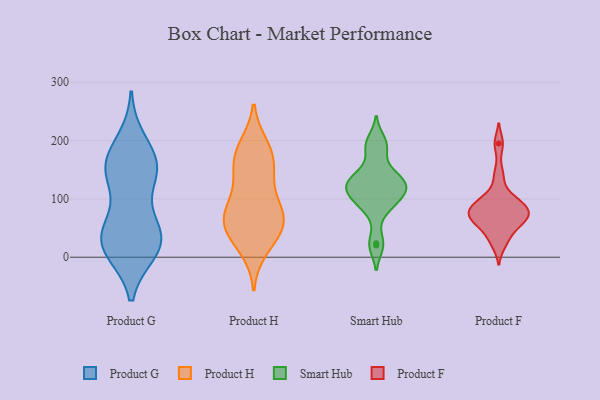
{"axis": {"x": "Energy Usage (MWh)", "y": "Value"}, "legend": ["Product F", "Product G", "Product H", "Smart Hub"], "data": [{"x": "", "y": 19, "type": "Product G"}, {"x": "", "y": 144, "type": "Product G"}, {"x": "", "y": 199, "type": "Product G"}, {"x": "", "y": 32, "type": "Product G"}, {"x": "", "y": 50, "type": "Product G"}, {"x": "", "y": 19, "type": "Product G"}, {"x": "", "y": 11, "type": "Product G"}, {"x": "", "y": 171, "type": "Product G"}, {"x": "", "y": 52, "type": "Product G"}, {"x": "", "y": 156, "type": "Product G"}, {"x": "", "y": 142, "type": "Product G"}, {"x": "", "y": 45, "type": "Product G"}, {"x": "", "y": 140, "type": "Product G"}, {"x": "", "y": 161, "type": "Product G"}, {"x": "", "y": 13, "type": "Product G"}, {"x": "", "y": 44, "type": "Product H"}, {"x": "", "y": 73, "type": "Product H"}, {"x": "", "y": 15, "type": "Product H"}, {"x": "", "y": 172, "type": "Product H"}, {"x": "", "y": 127, "type": "Product H"}, {"x": "", "y": 141, "type": "Product H"}, {"x": "", "y": 89, "type": "Product H"}, {"x": "", "y": 55, "type": "Product H"}, {"x": "", "y": 78, "type": "Product H"}, {"x": "", "y": 64, "type": "Product H"}, {"x": "", "y": 33, "type": "Product H"}, {"x": "", "y": 183, "type": "Product H"}, {"x": "", "y": 190, "type": "Product H"}, {"x": "", "y": 161, "type": "Product H"}, {"x": "", "y": 64, "type": "Product H"}, {"x": "", "y": 122, "type": "Smart Hub"}, {"x": "", "y": 20, "type": "Smart Hub"}, {"x": "", "y": 144, "type": "Smart Hub"}, {"x": "", "y": 129, "type": "Smart Hub"}, {"x": "", "y": 93, "type": "Smart Hub"}, {"x": "", "y": 186, "type": "Smart Hub"}, {"x": "", "y": 80, "type": "Smart Hub"}, {"x": "", "y": 115, "type": "Smart Hub"}, {"x": "", "y": 127, "type": "Smart Hub"}, {"x": "", "y": 99, "type": "Smart Hub"}, {"x": "", "y": 123, "type": "Smart Hub"}, {"x": "", "y": 200, "type": "Smart Hub"}, {"x": "", "y": 24, "type": "Smart Hub"}, {"x": "", "y": 190, "type": "Smart Hub"}, {"x": "", "y": 121, "type": "Smart Hub"}, {"x": "", "y": 99, "type": "Smart Hub"}, {"x": "", "y": 145, "type": "Smart Hub"}, {"x": "", "y": 86, "type": "Product F"}, {"x": "", "y": 38, "type": "Product F"}, {"x": "", "y": 102, "type": "Product F"}, {"x": "", "y": 101, "type": "Product F"}, {"x": "", "y": 64, "type": "Product F"}, {"x": "", "y": 22, "type": "Product F"}, {"x": "", "y": 84, "type": "Product F"}, {"x": "", "y": 54, "type": "Product F"}, {"x": "", "y": 141, "type": "Product F"}, {"x": "", "y": 65, "type": "Product F"}, {"x": "", "y": 79, "type": "Product F"}, {"x": "", "y": 79, "type": "Product F"}, {"x": "", "y": 66, "type": "Product F"}, {"x": "", "y": 195, "type": "Product F"}]}